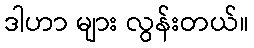
ဒါဟာ များ လွန်းတယ်။